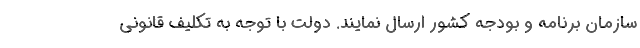
سازمان برنامه و بودجه کشور ارسال نمایند. دولت با توجه به تکلیف قانونی